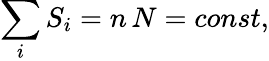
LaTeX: \sum_{i}S_{i}=n\, N=const,